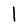
Character: l